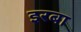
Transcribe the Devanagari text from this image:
इरबा